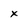
Character: x